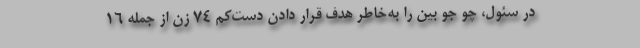
در سئول، چو جو بین را به‌خاطر هدف قرار دادن دست‌کم ۷۴ زن از جمله ۱۶